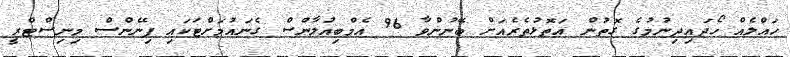
ހައްލެއް ހޯދައިދިނުމުގެ ގޮތުން އަތޮޅުތެރެއަށް ބޭނުންވާ 96 އެމްބިއުލާންސް ގެނައުމަށްޓަކައި ފިނޭންސް މިނިސްޓްރީ